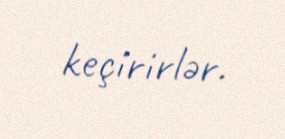
keçirirlər.